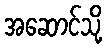
အဆောင်သို့